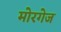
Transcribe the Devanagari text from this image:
मोरगेज